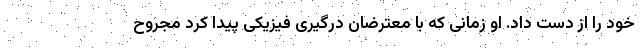
خود را از دست داد. او زمانی که با معترضان درگیری فیزیکی پیدا کرد مجروح